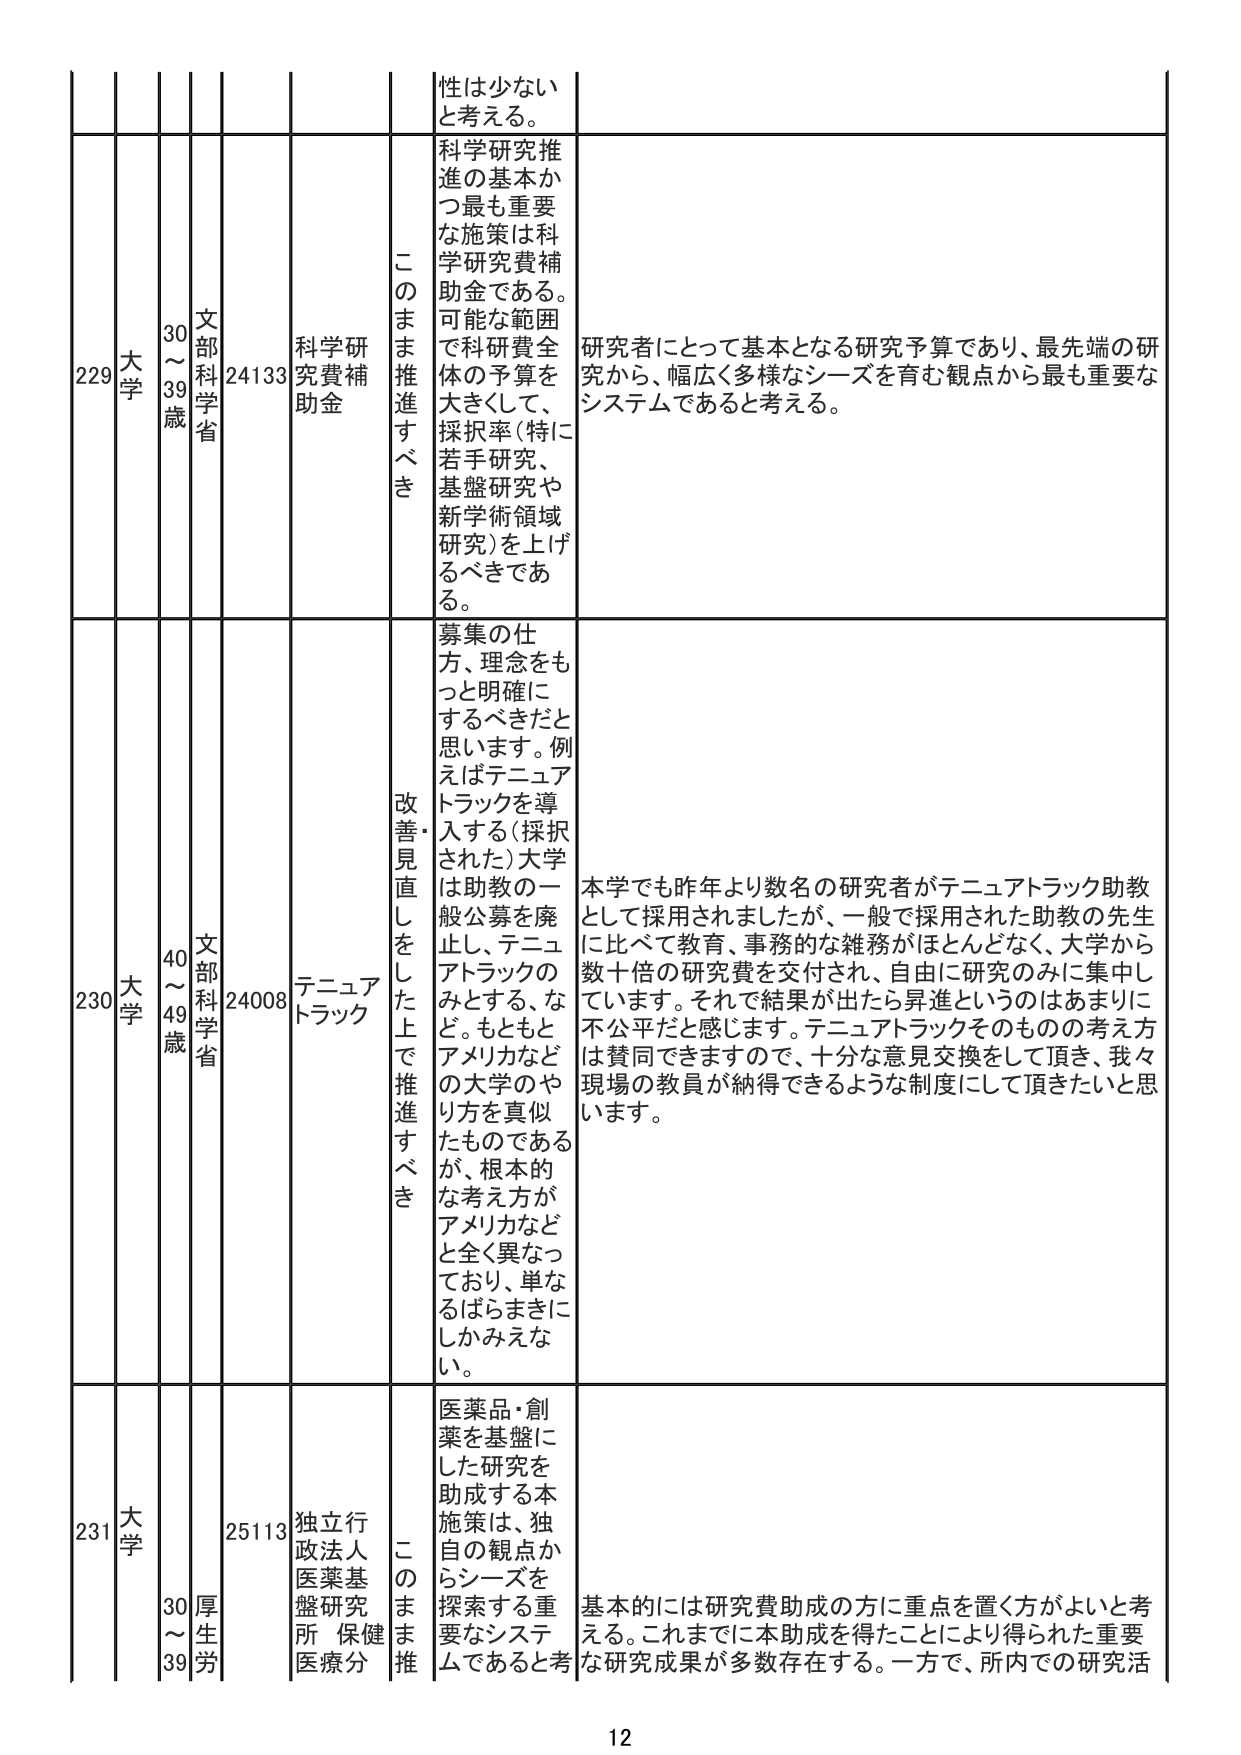
性は少ない
と考える。

229 大学 30～39歳 文部科学省 24133 科学研究費補助金 このまま推進すべき 科学研究推進の基本かつ最も重要な施策は科学研究費補助金である。可能な範囲で科研費全体の予算を大きくして、採択率（特に若手研究、基盤研究や新学術領域研究）を上げるべきである。 研究者にとって基本となる研究予算であり、最先端の研究から、幅広く多様なシーズを育む観点から最も重要なシステムであると考える。

230 大学 40～49歳 文部科学省 24008 テニュアトラック 改善・見直しをした上で推進すべき 募集の仕方、理念をもっと明確にするべきだと思います。例えばテニュアトラックを導入する（採択された）大学は助教の一般公募を廃止し、テニュアトラックのみとする、など。もともとアメリカなどの大学のやり方は真似たものであるが、根本的な考え方がアメリカなどと全く異なっており、単なるばらまきにしかみえない。 本学でも昨年より数名の研究者がテニュアトラック助教として採用されましたが、一般で採用された助教の先生に比べて教育、事務的な雑務がほとんどなく、大学から数十倍の研究費を交付され、自由に研究のみに集中しています。それで結果が出たら昇進というのはあまりに不公平だと感じます。テニュアトラックそのものの考え方は賛同できますので、十分な意見交換をして頂き、我々現場の教員が納得できるような制度にして頂きたいと思います。

231 大学 30～39歳 厚生労働省 25113 独立行政法人医薬基盤研究所 保健医療分 このまま推進すべき 医薬品・創薬を基盤にした研究を助成する本施策は、独自の観点からシーズを探索する重要なシステムであると考える。 基本的には研究費助成の方に重点を置く方がよいと考える。これまでに本助成を得たことにより得られた重要な研究成果が多数存在する。一方で、所内での研究活

12